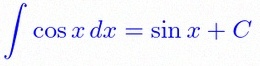
\int \cos x\,dx=\sin x+C